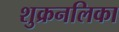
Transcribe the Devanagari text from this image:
शुक्रनलिका